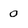
Character: 0